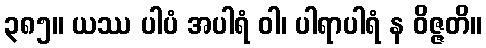
၃၈၅။ ယဿ ပါပံ အပါရံ ဝါ၊ ပါရာပါရံ န ဝိဇ္ဇတိ။